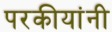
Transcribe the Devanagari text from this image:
परकीयांनी